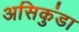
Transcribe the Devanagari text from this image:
असिकुंडा